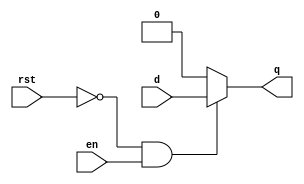
module d_en_res (
	input d,
	input rst,
	input en,
	output q);

reg q;

always @(*)
begin
	if(!rst && en)
		q <=d;
	else 
		q <= 1'b0;
end

endmodule